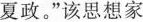
夏政。”该思想家